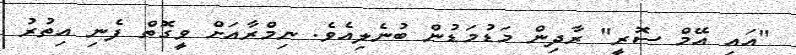
"އައި އޭމް ސޮރީ" ރާދިން މަޑުމަޑުން ބުނެލިއެވެ. ނިމްރާއަށް ވީގޮތް ފެނި އިތުރު